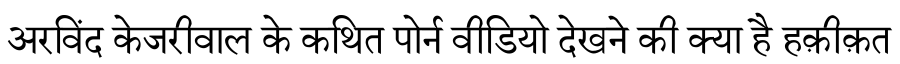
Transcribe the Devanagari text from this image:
अरविंद केजरीवाल के कथित पोर्न वीडियो देखने की क्या है हक़ीक़त